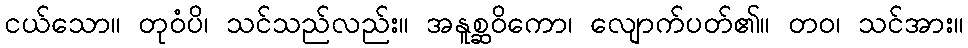
ငယ်သော။ တုဝံပိ၊ သင်သည်လည်း။ အနူစ္ဆဝိကော၊ လျောက်ပတ်၏။ တဝ၊ သင်အား။